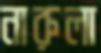
নারুলা